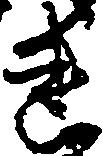
連